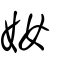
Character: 奻